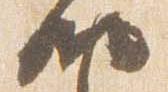
納